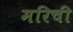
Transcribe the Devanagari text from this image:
मरिची